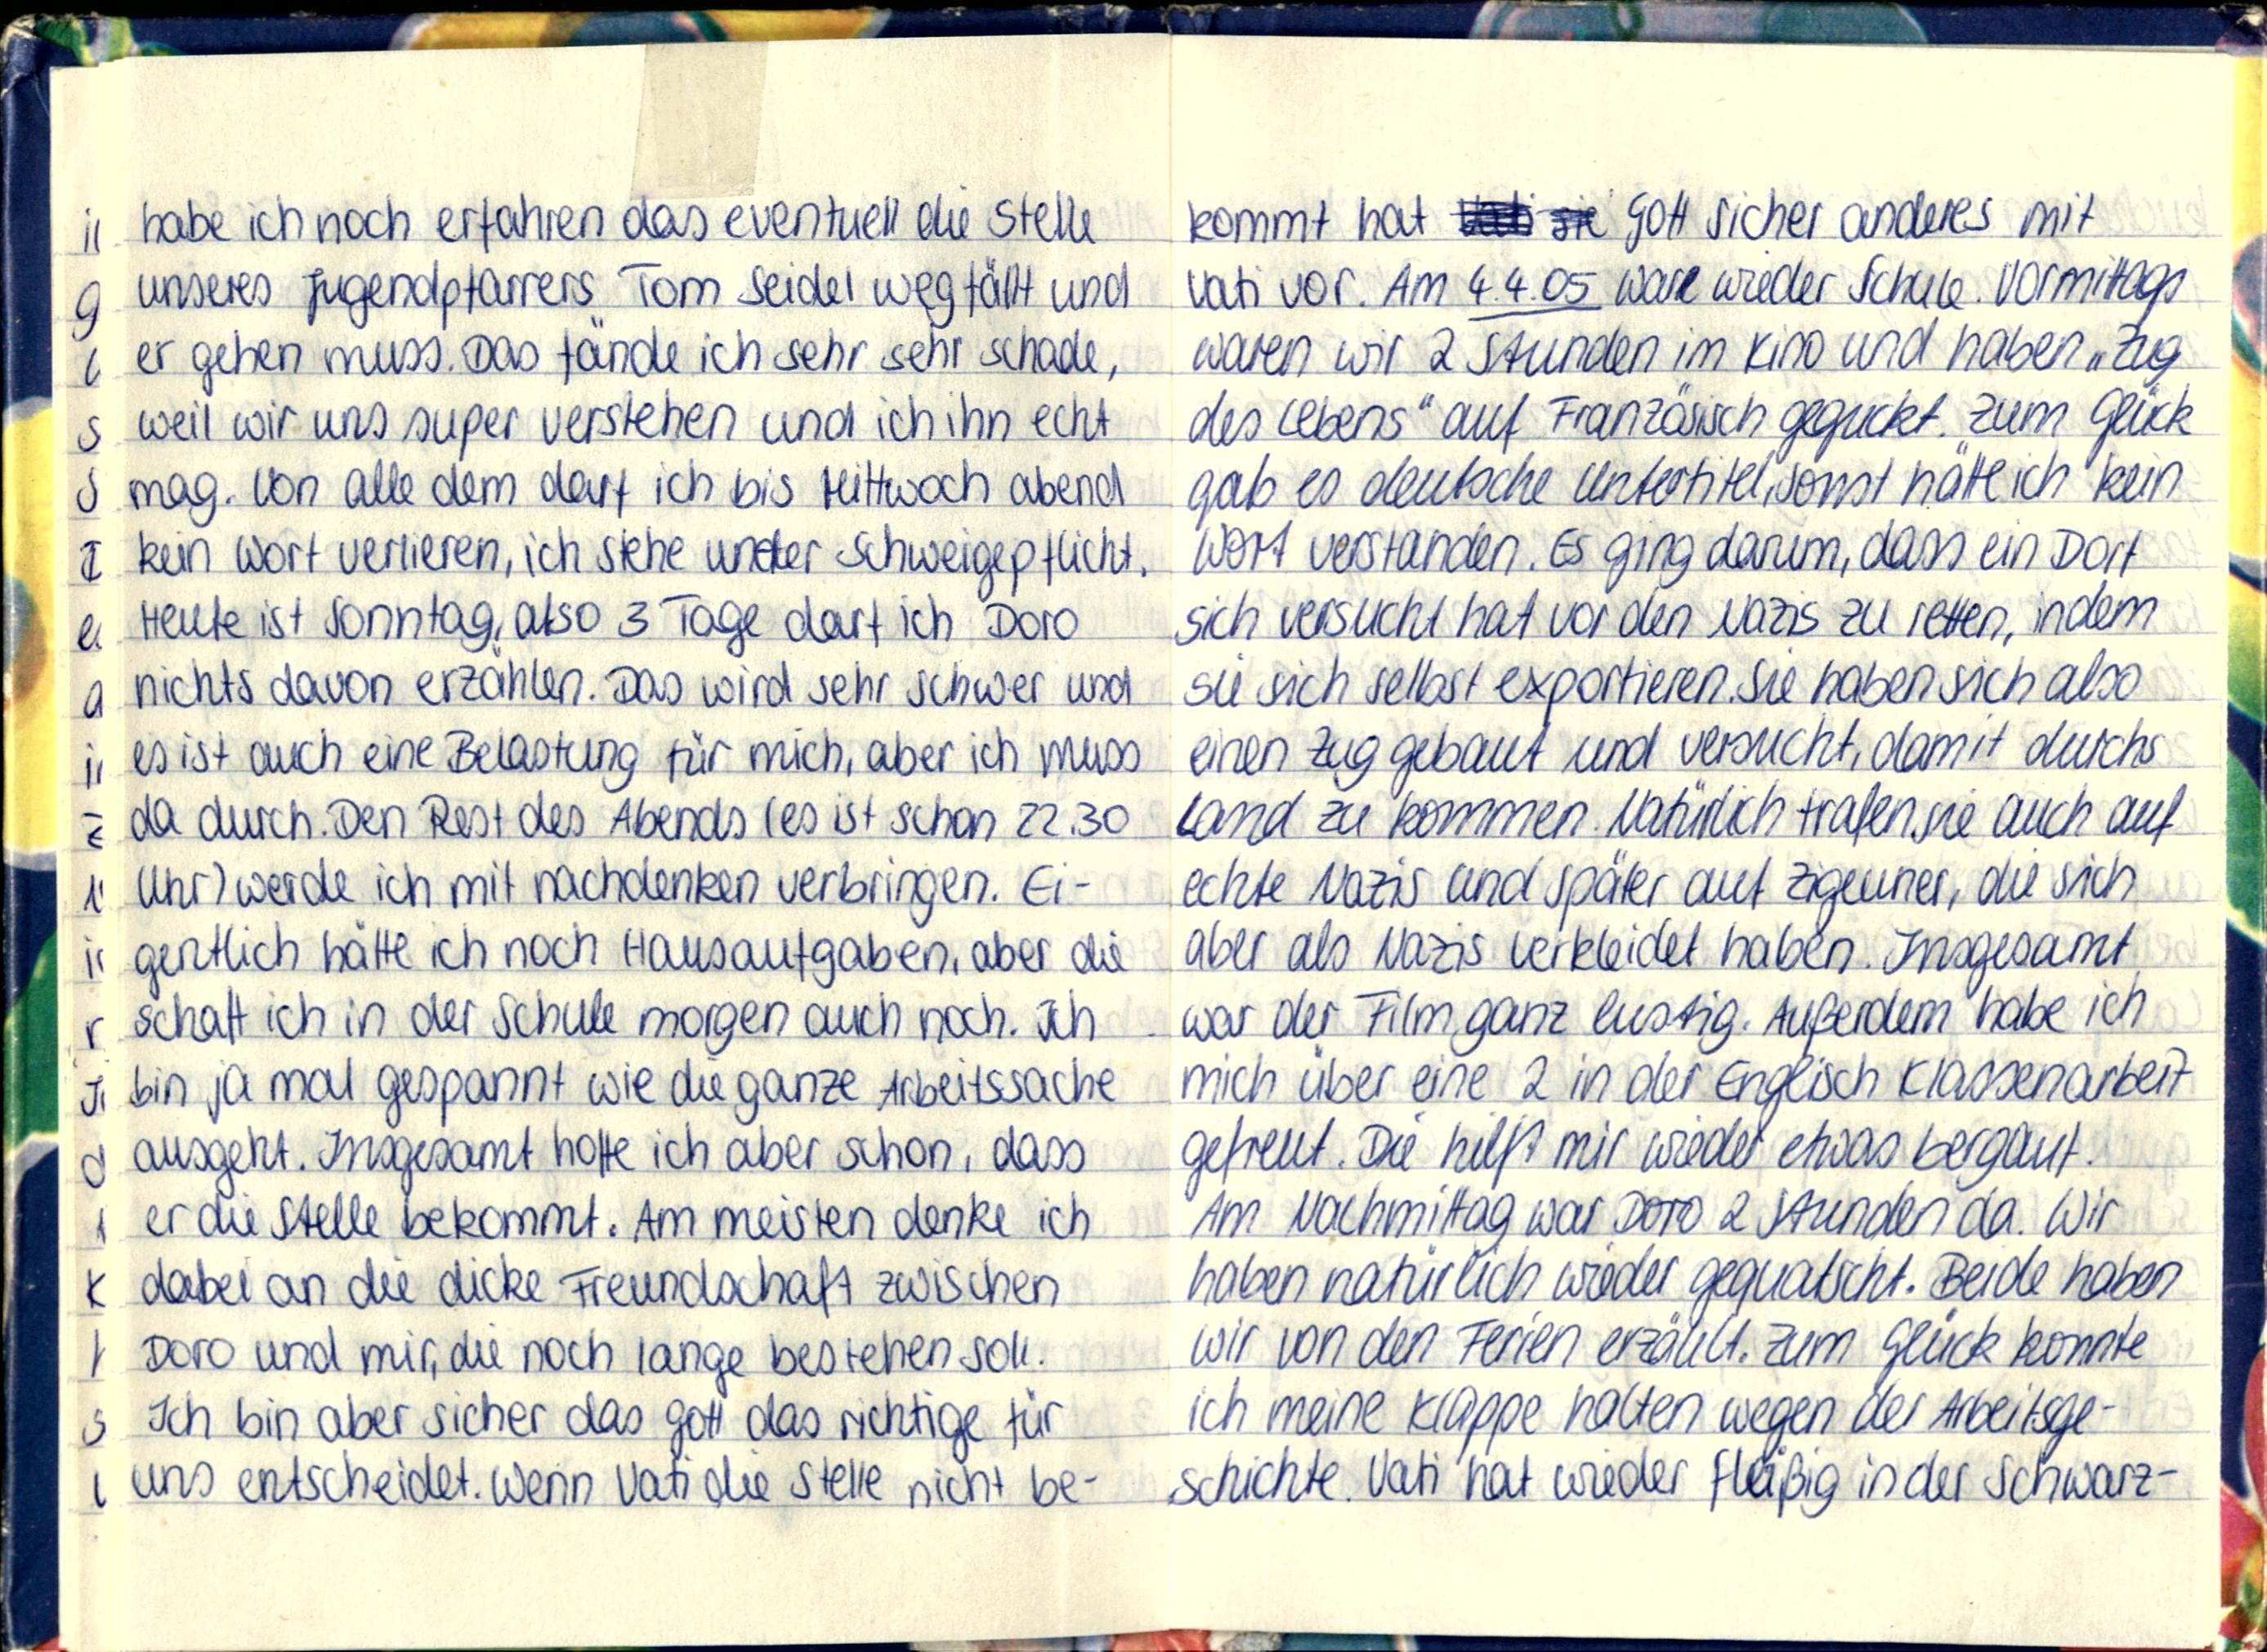
habe ich noch erfahren das eventuell die Stelle
unseres Jugendpfarrers Tom Seidel wegfällt und
er gehen muss. Das fände ich sehr sehr schade,
weil wir uns super verstehen und ich ihn echt
mag. Von alle dem darf ich bis Mittwoch abend
kein Wort verlieren, ich stehe unter Schweigepflicht.
Heute ist Sonntag, also 3 Tage darf ich Doro
nichts davon erzählen. Das wird sehr schwer und
es ist auch eine Belastung für mich, aber ich muss
da durch. Den Rest des Abends (es ist schon 22.30
Uhr) werde ich mit nachdenken verbringen. Ei-
gentlich hätte ich noch Hausaufgaben, aber die
schaff ich in der Schule morgen auch noch. Ich
bin ja mal gespannt wie die ganze Arbeitssache
ausgeht. Insgesamt hoffe ich aber schon, dass
er die Stelle bekommt. Am meisten denke ich
dabei an die dicke Freundschaft zwischen
Doro und mir, die noch lange bestehen soll.
Ich bin aber sicher das gott das richtige für
uns entscheidet. Wenn Vati die Stelle nicht be-

kommt hat Gott sicher anderes mit
Vati vor. Am 4.4.05 war wieder Schule. Vormittags
waren wir 2 Stunden im Kino und haben „Zug
des Lebens" auf Französisch geguckt. Zum Glück
gab es deutsche Untertitel, sonst hätte ich kein
Wort verstanden. Es ging darum, dass ein Dorf
sich versucht hat vor den Nazis zu retten, indem
sie sich selbst exportieren. Sie haben sich also
einen Zug gebaut und versucht, damit durchs
Land zu kommen. Natürlich trafen sie auch auf
echt Nazis und später auf Zigeuner, die sich
aber als Nazis verkleidet haben. Insgesamt
war der Film ganz lustig. Außerdem habe ich
mich über eine 2 in der Englisch Klassenarbeit
gefreut. Die hilft mir wieder etwas bergauf.
Am Nachmittag war Doro 2 Stunden da. Wir
haben natürlich wieder gequatscht. Beide haben
wir von den Ferien erzählt. Zum Glück konnte
ich meine Klappe halten wegen der Arbeitsge-
schichte. Vati hat wieder fleißig in der Schwarz-